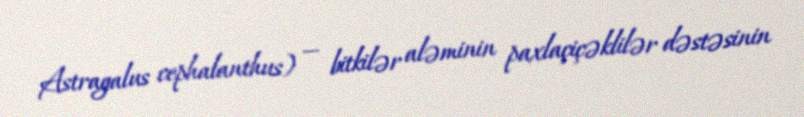
Astragalus cephalanthus) — bitkilər aləminin paxlaçiçəklilər dəstəsinin